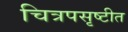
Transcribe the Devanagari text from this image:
चित्रपसृष्टीत